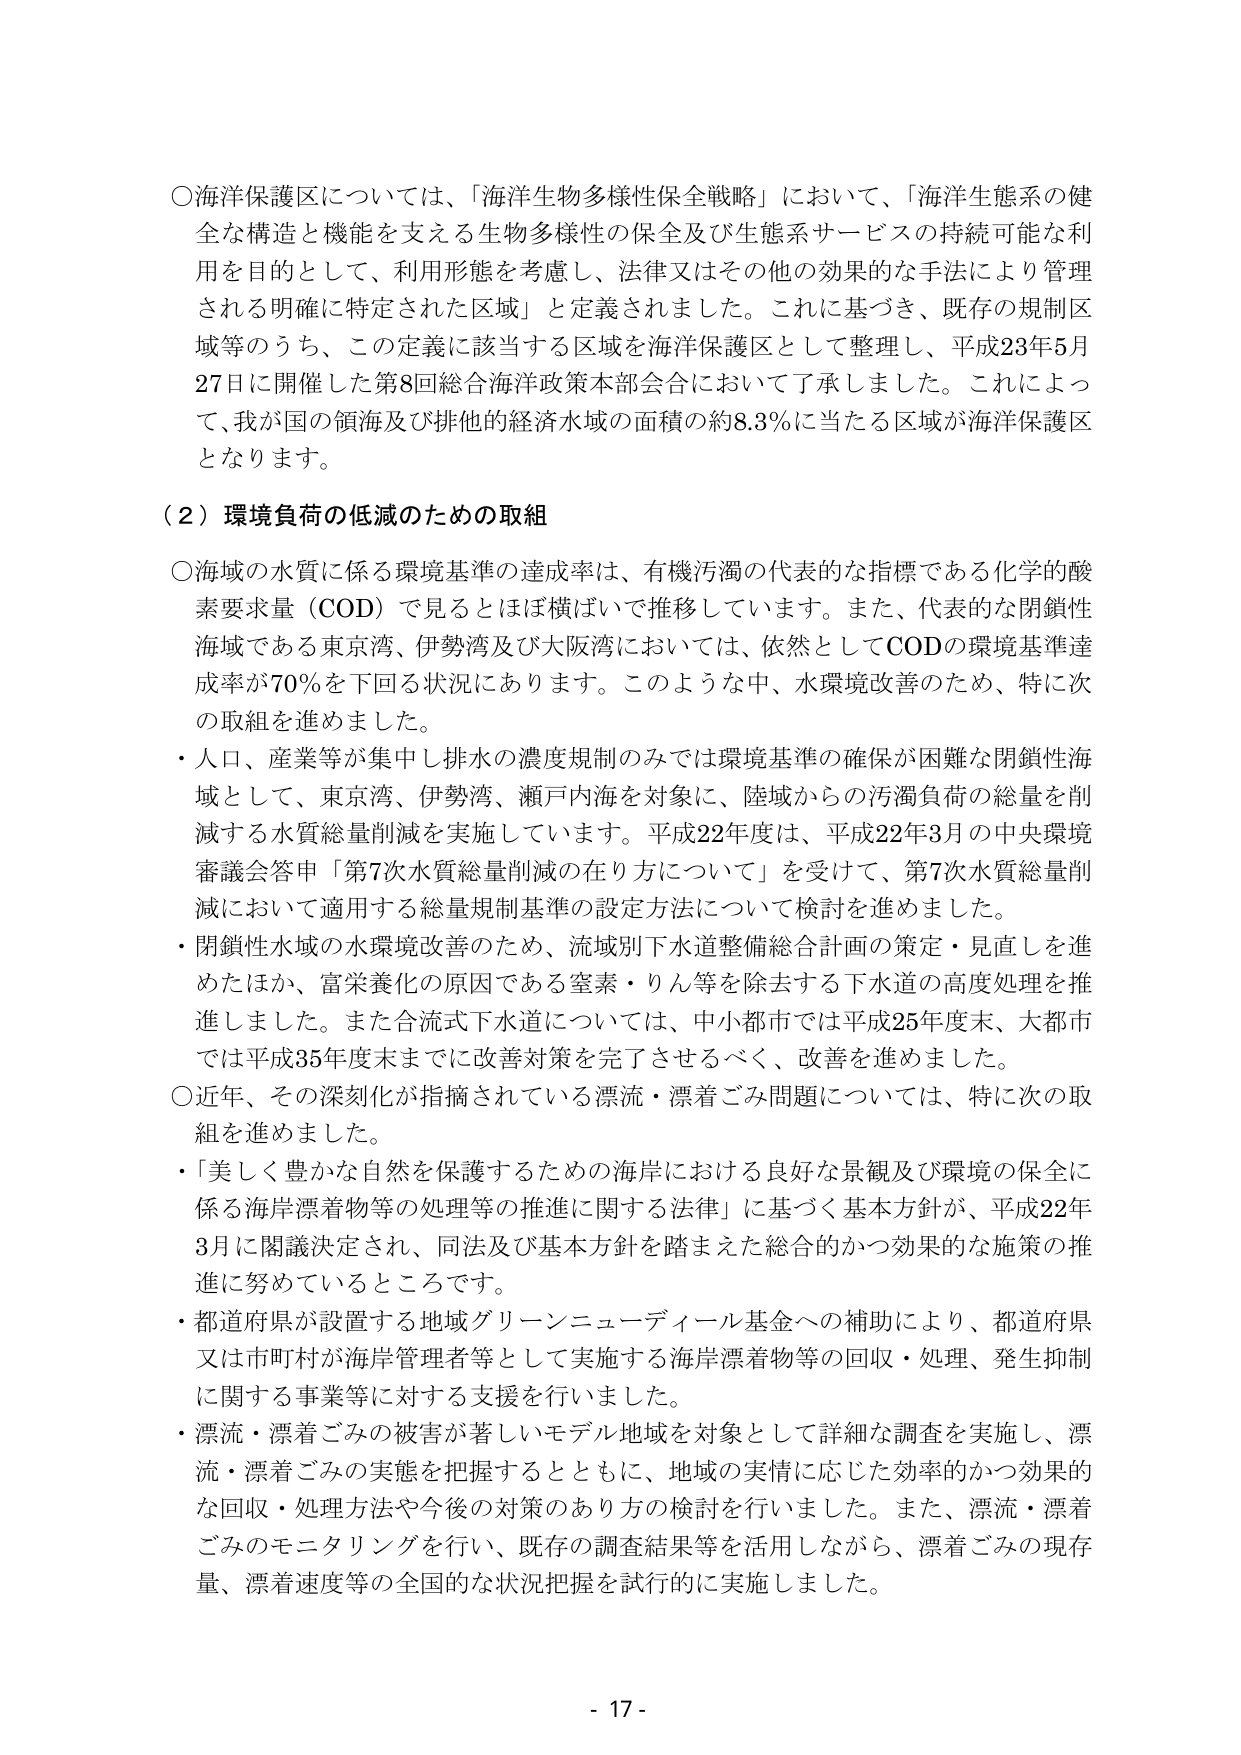
○海洋保護区については、「海洋生物多様性保全戦略」において、「海洋生態系の健全な構造と機能を支える生物多様性の保全及び生態系サービスの持続可能な利用を目的として、利用形態を考慮し、法律又はその他の効果的な手法により管理される明確に特定された区域」と定義されました。これに基づき、既存の規制区域等のうち、この定義に該当する区域を海洋保護区として整理し、平成23年5月27日に開催した第8回総合海洋政策本部会合において了承しました。これによって、我が国の領海及び排他的経済水域の面積の約8.3％に当たる区域が海洋保護区となります。

（２）環境負荷の低減のための取組

○海域の水質に係る環境基準の達成率は、有機汚濁の代表的な指標である化学的酸素要求量（COD）で見るとはほぼ横ばいで推移しています。また、代表的な閉鎖性海域である東京湾、伊勢湾及び大阪湾においては、依然としてCODの環境基準達成率が70％を下回る状況にあります。このような中、水環境改善のため、特に次の取組を進めました。

・人口、産業等が集中し排水の濃度規制のみでは環境基準の確保が困難な閉鎖性海域として、東京湾、伊勢湾、瀬戸内海を対象に、陸域からの汚濁負荷の総量を削減する水質総量削減を実施しています。平成22年度は、平成22年3月の中央環境審議会答申「第7次水質総量削減の在り方について」を受けて、第7次水質総量削減において適用する総量規制基準の設定方法について検討を進めました。

・閉鎖性水域の水環境改善のため、流域別下水道整備総合計画の策定・見直しを進めたほか、富栄養化の原因である窒素・りん等を除去する下水道の高度処理を推進しました。また合流式下水道については、中小都市では平成25年度末、大都市では平成35年度末までに改善対策を完了させるべく、改善を進めました。

○近年、その深刻化が指摘されている漂流・漂着ごみ問題については、特に次の取組を進めました。

・「美しく豊かな自然を保護するための海岸における良好な景観及び環境の保全に係る海岸漂着物等の処理等の推進に関する法律」に基づく基本方針が、平成22年3月に閣議決定され、同法及び基本方針を踏まえた総合的かつ効果的な施策の推進に努めているところです。

・都道府県が設置する地域グリーンニューディール基金への補助により、都道府県又は市町村が海岸管理者等として実施する海岸漂着物等の回収・処理、発生抑制に関する事業等に対する支援を行いました。

・漂流・漂着ごみの被害が著しいモデル地域を対象として詳細な調査を実施し、漂流・漂着ごみの実態を把握するとともに、地域の実情に応じた効率的かつ効果的な回収・処理方法や今後の対策のあり方の検討を行いました。また、漂流・漂着ごみのモニタリングを行い、既存の調査結果等を活用しながら、漂着ごみの現存量、漂着速度等の全国的な状況把握を試行的に実施しました。

- 17 -